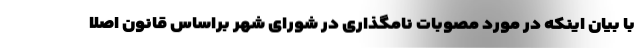
با بیان اینکه در مورد مصوبات نامگذاری در شورای شهر براساس قانون اصلا